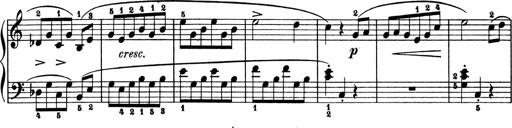
Title: 2 Sonatinen
Composer: Lambertus Adrianus van Tetterode